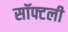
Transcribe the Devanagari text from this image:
सॉफ्टली